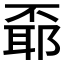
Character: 𠁌